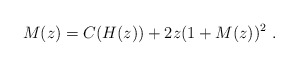
\begin{align*}M(z) = C(H(z))+ 2z(1+M(z))^2~.\end{align*}